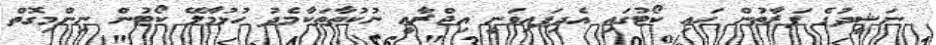
ނަޝީދުގެ ފަރާތުން ހައި ކޯޓުގައި އެދިފައިވަނީ އިޖްރާއީ ނުކުތާތަކާމެދު ހުޅުމާލޭ ކޯޓުން ނިންމިގޮތް